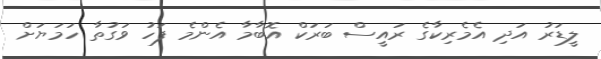
ލީޑަރު އަދި އެމެރިކާގެ ރައީސް ބަރަކް އޮބާމާ އެންމެ ފަހު ވަގުތާ ހަމަޔަށް